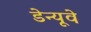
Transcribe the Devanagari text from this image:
डेन्यूवे